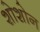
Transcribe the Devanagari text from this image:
शोशोन